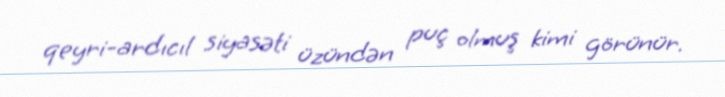
qeyri-ardıcıl siyasəti üzündən puç olmuş kimi görünür.